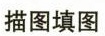
描图填图